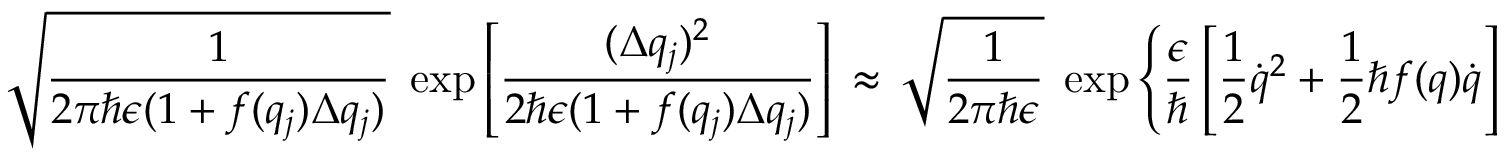
\sqrt { \frac { 1 } { 2 \pi \hbar \epsilon ( 1 + f ( q _ { j } ) \Delta q _ { j } ) } } \; \exp \left[ \frac { ( \Delta q _ { j } ) ^ { 2 } } { 2 \hbar \epsilon ( 1 + f ( q _ { j } ) \Delta q _ { j } ) } \right] \, \approx \, \sqrt { \frac { 1 } { 2 \pi \hbar \epsilon } } \; \exp \left\{ \frac { \epsilon } { \hbar } \left[ \frac { 1 } { 2 } { \dot { q } } ^ { 2 } + \frac { 1 } { 2 } \hbar f ( q ) \dot { q } \right] \right\} \, ,